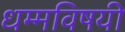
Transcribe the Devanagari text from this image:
धम्मविषयी